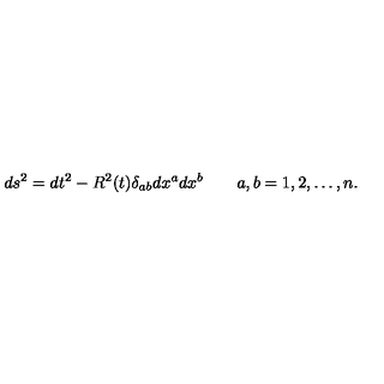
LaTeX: d s ^ { 2 } = d t ^ { 2 } - R ^ { 2 } ( t ) \delta _ { a b } d x ^ { a } d x ^ { b } \quad \quad a , b = 1 , 2 , \dots , n .